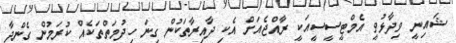
ޝައިނީ ވިދާޅުވީ އެމްޓީސީސީއަކީ ރާއްޖެއަށް އެކި ދާއިރާތަކުން ގިނަ ހިދުމަތްތަކެއް ކުރަމުން ގެންދާ